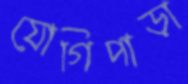
যোগিপাড়া